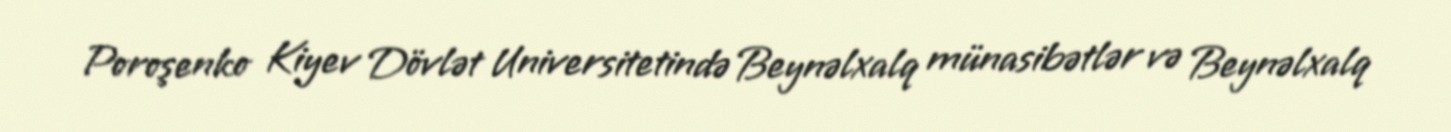
Poroşenko Kiyev Dövlət Universitetində Beynəlxalq münasibətlər və Beynəlxalq